65_HS1-834228961_62-HQ-83894_Section_6
Agency: FBI
Page 13
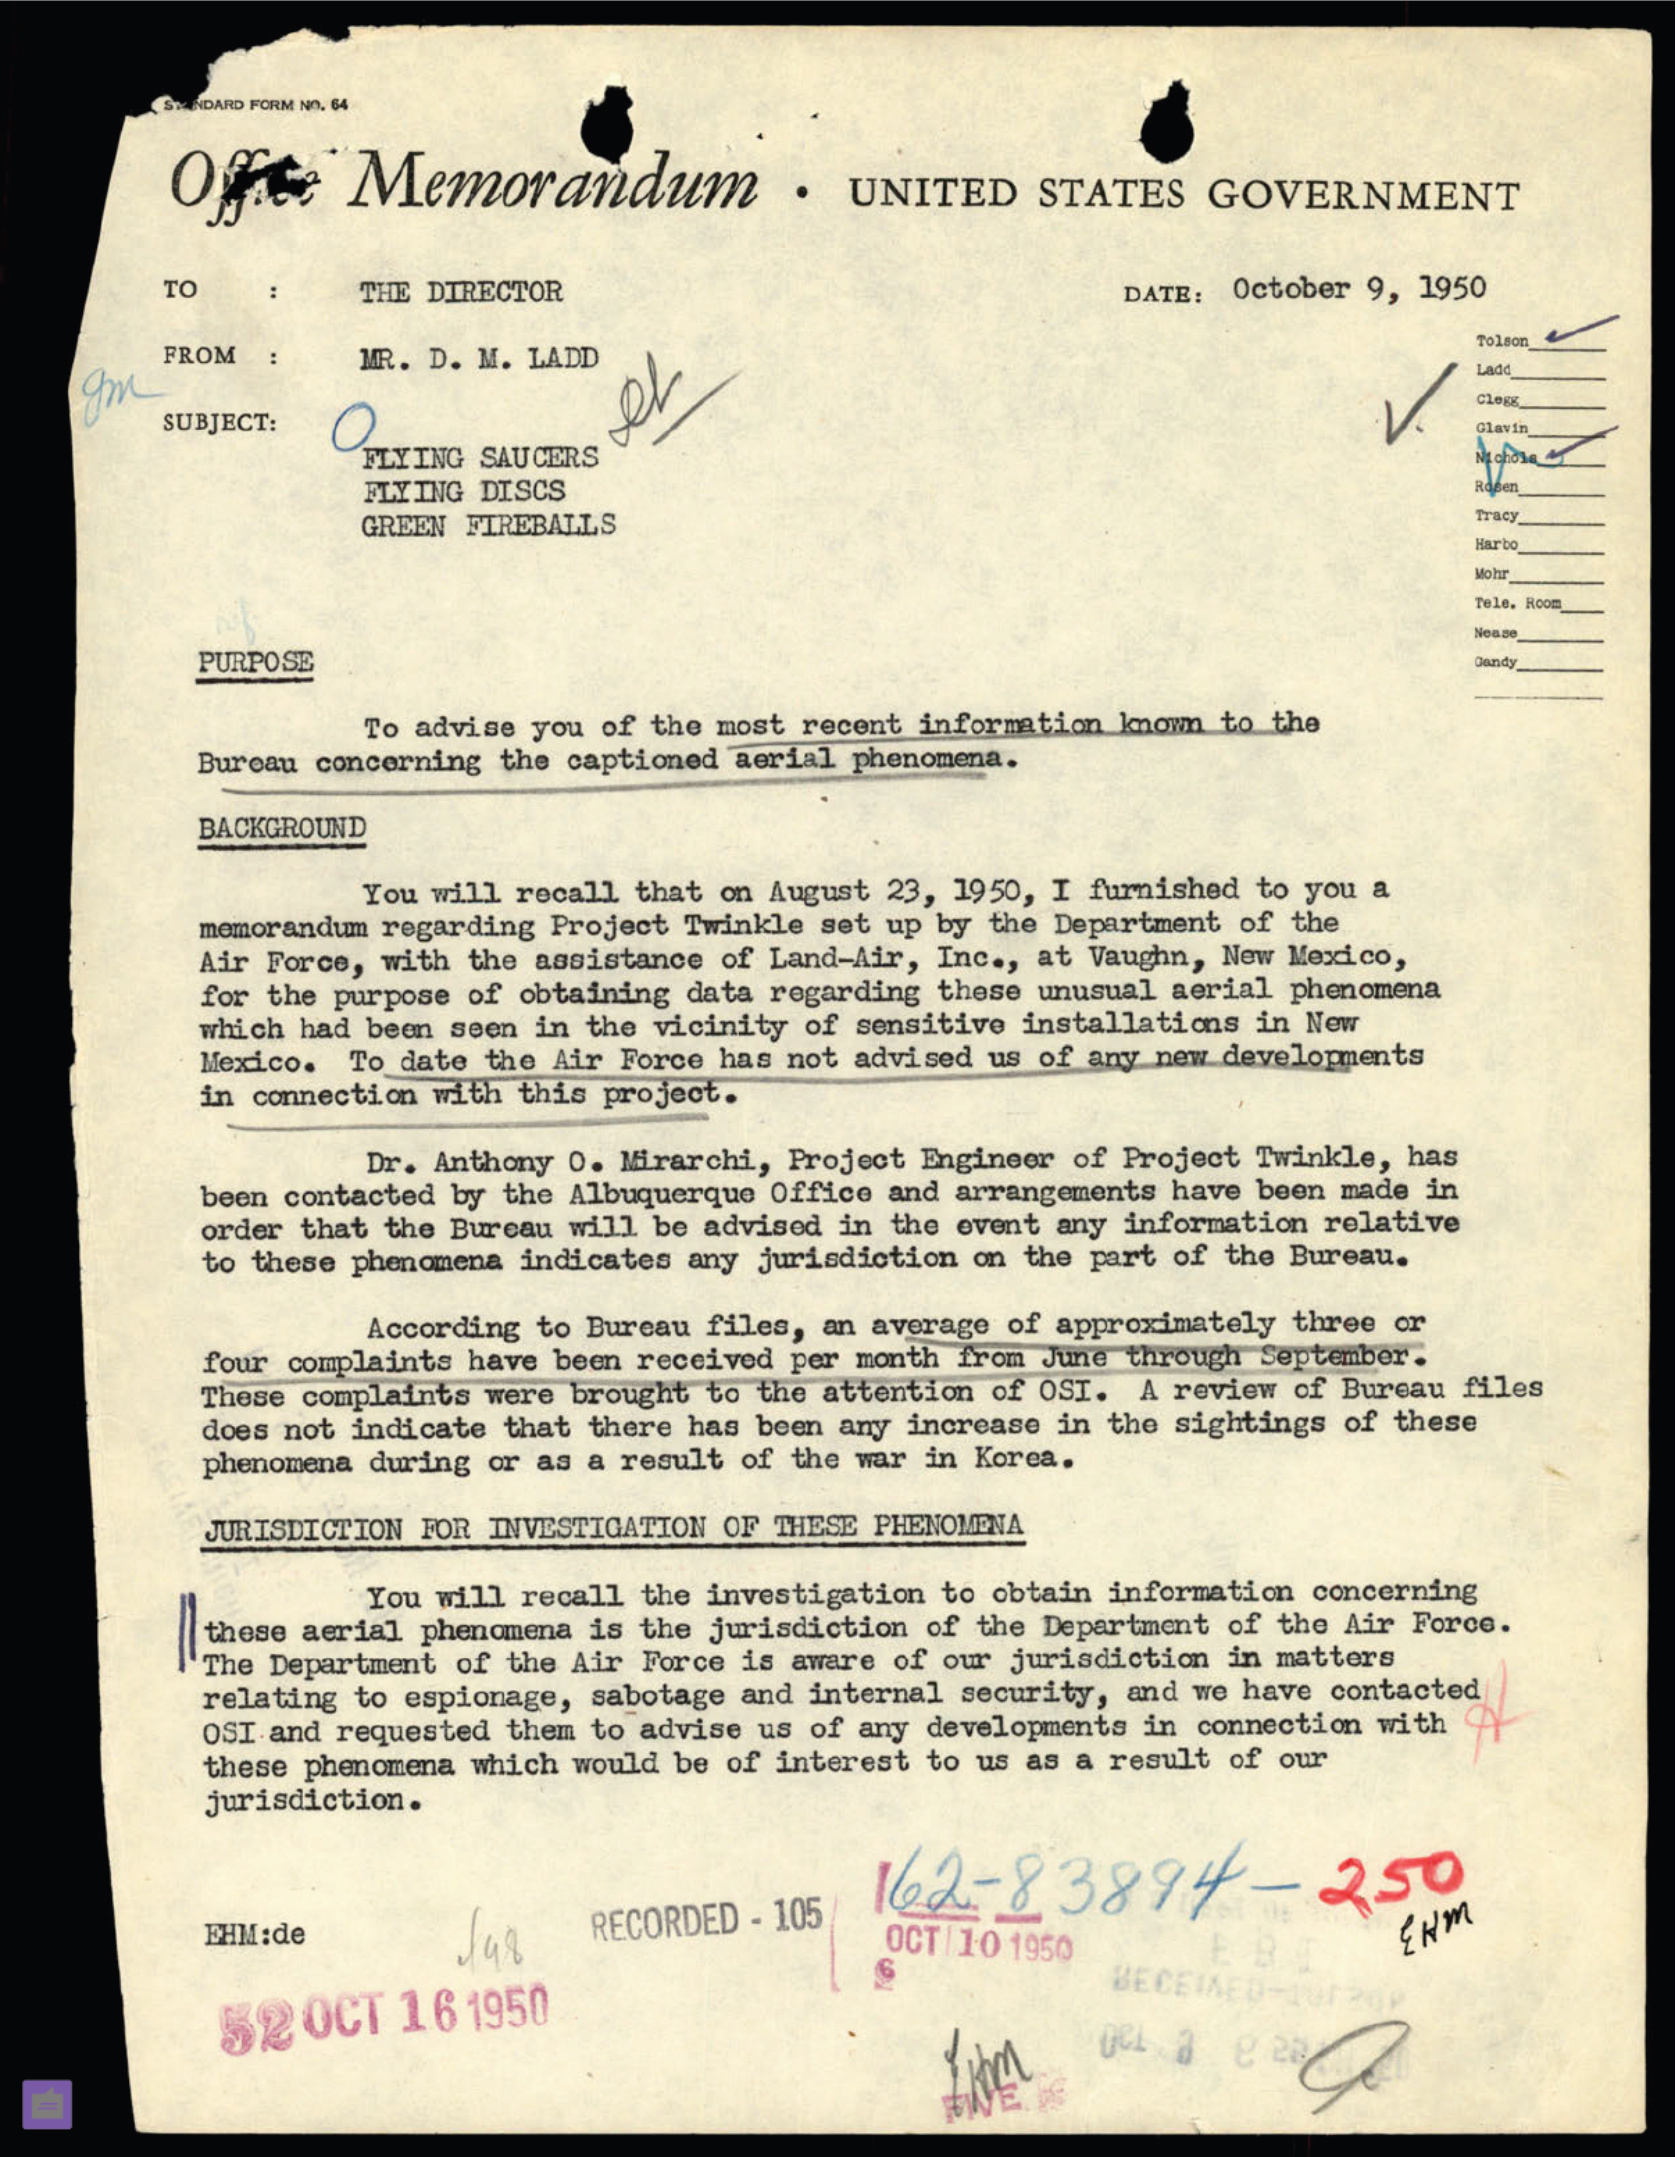